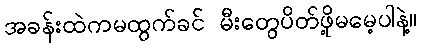
အခန်းထဲကမထွက်ခင် မီးတွေပိတ်ဖို့မမေ့ပါနဲ့။